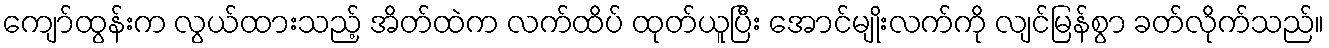
ကျော်ထွန်းက လွယ်ထားသည့် အိတ်ထဲက လက်ထိပ် ထုတ်ယူပြီး အောင်မျိုးလက်ကို လျင်မြန်စွာ ခတ်လိုက်သည်။